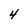
Character: 4